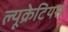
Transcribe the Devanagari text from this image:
ल्यूक्रेटियस